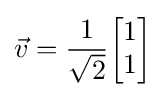
{\vec {v}}={\frac {1}{\sqrt {2}}}{\begin{bmatrix}1\\1\end{bmatrix}}